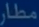
مطار